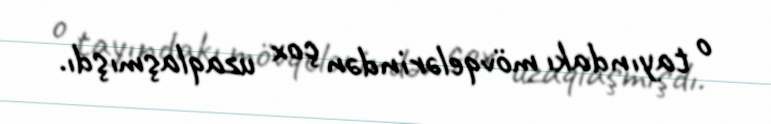
o tayındakı mövqelərindən çox uzaqlaşmışdı.